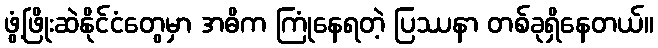
ဖွံ့ဖြိုးဆဲနိုင်ငံတွေမှာ အဓိက ကြုံနေရတဲ့ ပြဿနာ တစ်ခုရှိနေတယ်။